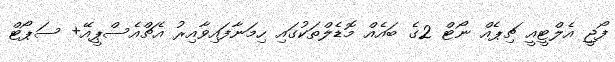
ފޯޖީ އެލްޓީއީ ޗިޕެއް ނޯޓް 2ގެ ބައެއް މޮޑެލްތަކުގައި ހިމަނާފައިވާއިރު އެޗްއެސްޕީއޭ+ ސަޕޯޓް